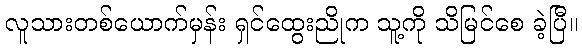
လူသားတစ်ယောက်မှန်း ရှင်ထွေးညိုက သူ့ကို သိမြင်စေ ခဲ့ပြီ။